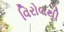
વિરોલથી